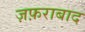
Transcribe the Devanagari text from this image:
ज़फ़राबाद